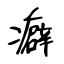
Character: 癖